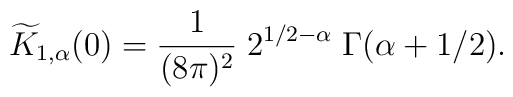
\widetilde{K}_{1,\alpha}(0)=\frac{1}{(8\pi)^2}\;2^{1/2-\alpha}\;\Gamma (\alpha+1/2).